Lunatic asylums Madras 1877-1891 - 1877-1891
Year: 1877
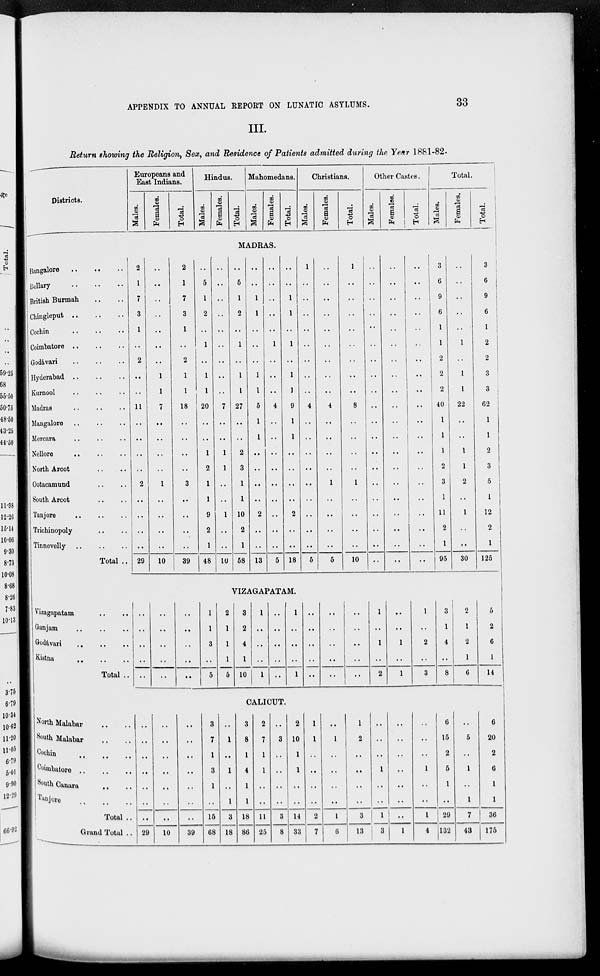
APPENDIX TO ANNUAL REPORT ON LUNATIC ASYLUMS.
33
III.
Return showing the Religion, Sex, and Residence of Patients admitted during the Year 1881-82.
Districts.
Europeans and
East Indians.
Males.
Females.
Total.
Hindus.
Males.
Females.
Total.
Mahomedans.
Males.
Females.
Total.
Christians.
Males.
Females.
Total.
Other Castes.
Males.
Females.
Total.
Total.
Males.
Females.
Total.
MADRAS.
Bangalore
..
..
..
Bellary
..
..
..
British Burmah .. .. ..
Chingleput
..
..
..
Cochin
..
..
..
Coimbatore
..
..
..
Godávari
..
..
..
Hyderabad .. .. ..
Kurnool
..
..
..
Madras .. .. ..
Mangalore .. .. ..
Mercara .. .. ..
Nellore .. .. ..
North Arcot .. ..
Ootacamund .. ..
South Arcot .. ..
Tanjore
..
..
..
Trichinopoly .. ..
Tinnevelly
..
..
..
Total ..
2
1
7
3
1
..
2
..
..
11
..
..
..
..
2
..
..
..
..
29
..
..
..
..
..
..
..
1
1
7
..
..
..
..
1
..
..
..
..
10
2
1
7
3
1
..
2
1
1
18
..
..
..
..
3
..
..
..
..
39
..
5
1
2
..
1
..
1
1
20
..
..
1
2
1
1
9
2
1
48
..
..
..
..
..
..
..
..
..
7
..
..
1
1
..
..
1
..
..
10
..
5
1
2
..
1
..
1
1
27
..
..
2
3
1
1
10
2
1
58
..
..
1
1
..
..
..
1
1
5
1
1
..
..
..
..
2
..
..
13
..
..
..
..
..
1
..
..
..
4
..
..
..
..
..
..
..
..
..
5
..
..
1
1
..
1
..
1
1
9
1
1
..
..
..
..
2
..
..
18
1
..
..
..
..
..
..
..
..
4
..
..
..
..
..
..
..
..
..
5
..
..
..
..
..
..
..
..
..
4
..
..
..
..
1
..
..
..
..
5
1
..
..
..
..
..
..
..
..
8
..
..
..
..
1
..
..
..
..
10
..
..
..
..
..
..
..
..
..
..
..
..
..
..
..
..
..
..
..
..
..
..
..
..
..
..
..
..
..
..
..
..
..
..
..
..
..
..
..
..
..
..
..
..
..
..
..
..
..
..
..
..
..
..
..
..
..
..
..
..
3
6
9
6
1
1
2
2
2
40
1
1
1
2
3
1
11
2
1
95
..
..
..
..
..
1
..
1
1
22
..
..
1
1
2
..
1
..
..
30
3
6
9
6
1
2
2
3
3
62
1
1
2
3
5
1
12
2
1
125
VIZAGAPATAM.
Vizagapatam .. ..
Ganjam
..
..
..
Godávari .. .. ..
Kistna .. .. ..
Total ..
..
..
..
..
..
..
..
..
..
..
..
..
..
..
..
1
1
3
..
5
2
1
1
1
5
3
2
4
1
10
1
..
..
..
1
..
..
..
..
..
1
..
..
..
1
..
..
..
..
..
..
..
..
..
..
..
..
..
..
..
1
..
1
..
2
..
..
1
..
1
1
..
2
..
3
3
1
4
..
8
2
1
2
1
6
5
2
6
1
14
CALICUT.
North Malabar .. ..
South Malabar .. ..
Cochin
..
..
..
Coimbatore .. .. ..
South Canara .. ..
Tanjore .. .. ..
Total ..
Grand Total ..
..
..
..
..
..
..
..
29
..
..
..
..
..
..
..
10
..
..
..
..
...
..
..
39
3
7
1
3
1
..
15
68
..
1
..
1
..
1
3
18
3
8
1
4
1
1
18
86
2
7
1
1
..
..
11
25
..
3
..
..
..
..
3
8
2
10
1
1
..
..
14
33
1
1
..
..
..
..
2
7
..
1
..
..
..
..
1
6
1
2
..
..
..
..
3
13
..
..
..
1
..
..
1
3
..
..
..
..
..
..
..
1
..
..
..
1
..
..
1
4
6
15
2
5
1
..
29
132
..
5
..
1
..
1
7
43
6
20
2
6
1
1
36
175